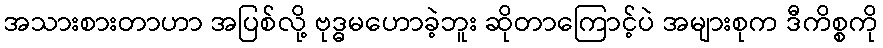
အသားစားတာဟာ အပြစ်လို့ ဗုဒ္ဓမဟောခဲ့ဘူး ဆိုတာကြောင့်ပဲ အများစုက ဒီကိစ္စကို